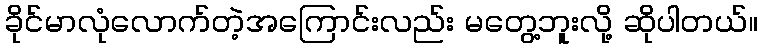
ခိုင်မာလုံလောက်တဲ့အကြောင်းလည်း မတွေ့ဘူးလို့ ဆိုပါတယ်။